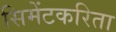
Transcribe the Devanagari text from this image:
सिमेंटकरिता